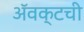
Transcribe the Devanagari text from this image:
ॲवक्टची